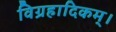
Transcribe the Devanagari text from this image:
विग्रहादिकम्।